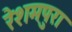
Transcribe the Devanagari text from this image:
रेशमपुरा